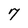
Character: 7